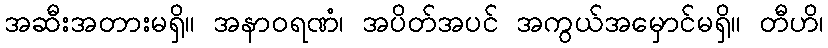
အဆီးအတားမရှိ။ အနာဝရဏံ၊ အပိတ်အပင် အကွယ်အမှောင်မရှိ။ တီဟိ၊